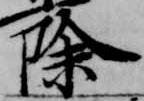
除